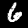
Label: 6